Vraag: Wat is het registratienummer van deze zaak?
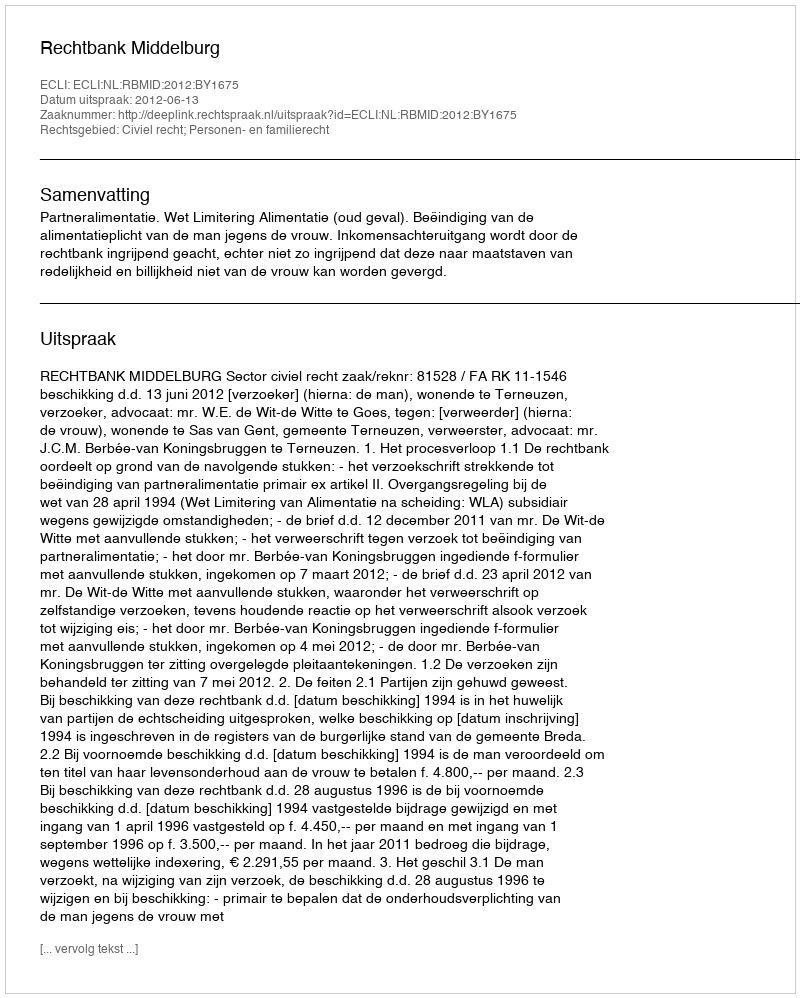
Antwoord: http://deeplink.rechtspraak.nl/uitspraak?id=ECLI:NL:RBMID:2012:BY1675